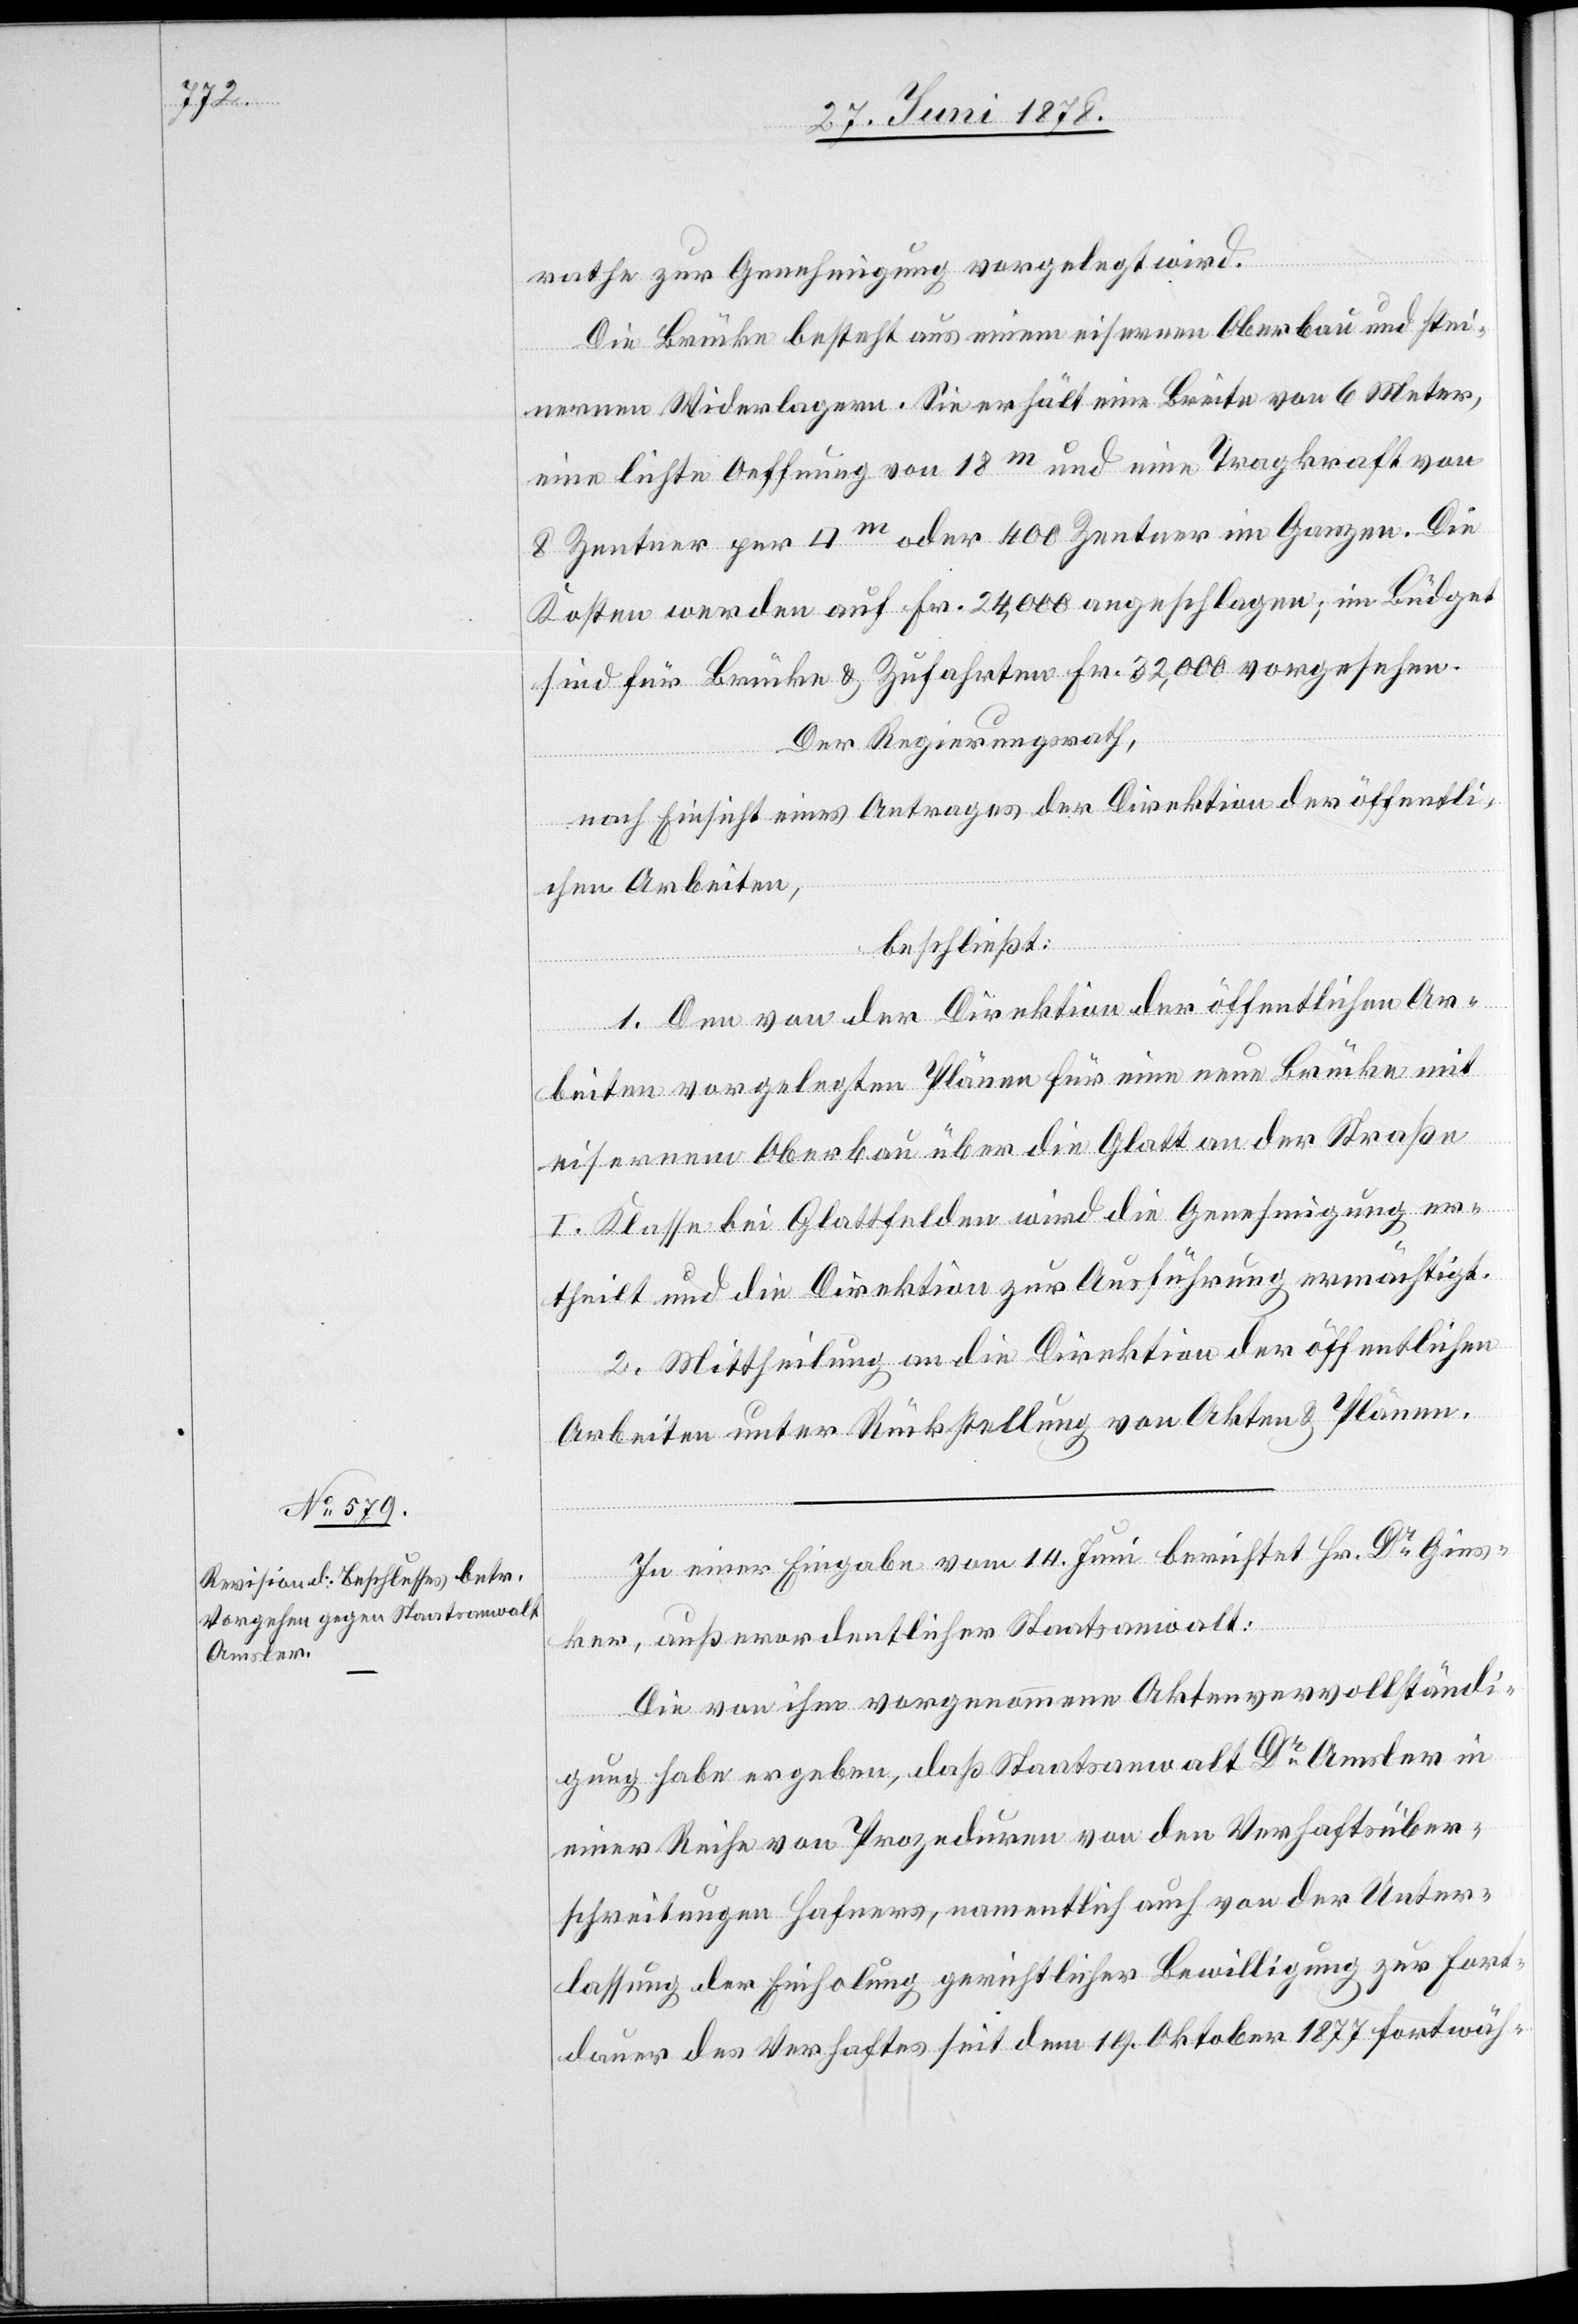
rathe zur Genehmigung vorgelegt wird.
Die Brücke besteht aus einem eisernen Oberbau und stei¬
nernen Widerlagern. Sie erhält eine Breite von 6 Meter,
eine lichte Oeffnung von 18m und eine Tragkraft von
8 Zentner per [Quadratmeter] oder 400 Zentner im Ganzen. Die
Kosten werden auf Fr. 24,000 angeschlagen; im Büdget
sind für Brücke & Zufahrten Fr. 32,000 vorgesehen.
Der Regierungsrath,
nach Einsicht eines Antrages der Direktion der öffentli¬
chen Arbeiten,
beschließt:
1. Den von der Direktion der öffentlichen Ar¬
beiten vorgelegten Plänen für eine neue Brücke mit
eisernem Oberbau über die Glatt an der Straße
I. Klasse bei Glattfelden wird die Genehmigung er¬
theilt und die Direktion zur Ausführung ermächtigt.
2. Mittheilung an die Direktion der öffentlichen
Arbeiten unter Rückstellung von Akten & Plänen.
In einer Eingabe vom 14. Juni berichtet Hr. Dr Gies¬
ker, außerordentlicher Staatsanwalt:
Die von ihm vorgenommene Aktenvervollständi¬
gung habe ergeben, daß Staatsanwalt Dr Amsler in
einer Reihe von Prozeduren von den Verhaftsüber¬
schreitungen Hafners, namentlich auch von der Unter¬
lassung der Einholung gerichtlicher Bewilligung zur Fort¬
dauer des Verhaftes seit dem 19. Oktober 1877 fortwäh-